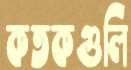
কতকগুলি